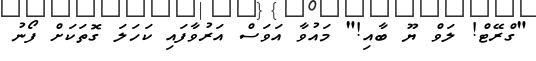
"ގްރޭޓް! ލަވް ޔޫ ބާއި!" މައުވާ އަވަސް އަރުވާފައި ކަހަލަ ގޮތަކަށް ފޯނު